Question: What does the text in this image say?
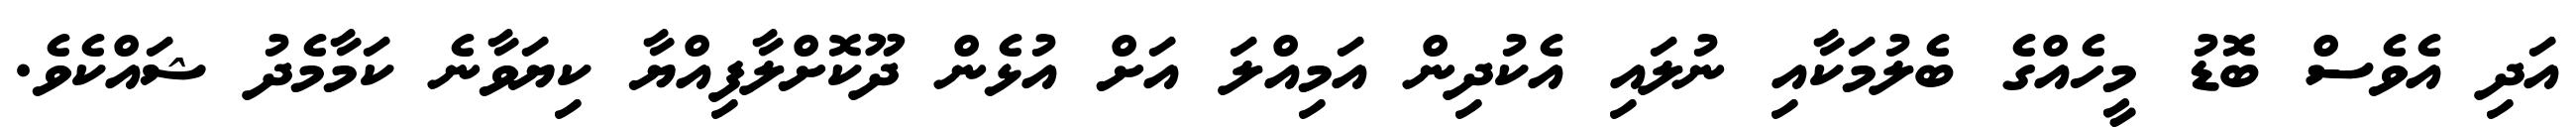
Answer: އަދި އެވެސް ބޮޑު މީހެއްގެ ބެލުމަކާއި ނުލައި އެކުދިން އަމިއްލަ އަށް އުޅެން ދޫކޮށްލާފިއްޔާ ކިޔަވާނެ ކަމާމެދު ޝައްކެވެ.